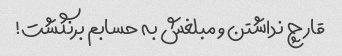
قارچ نداشتن و مبلغش به حسابم برنگشت!